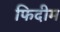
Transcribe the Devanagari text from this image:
फिदीम